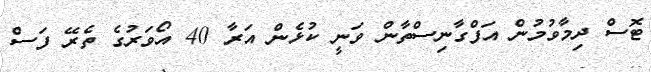
ޓޮސް ދިމާވުމުން އަފްގާނިސްތާން ވަނީ ކުޅެން އަރާ 40 އޯވަރުގެ ތެރޭ ފަސް